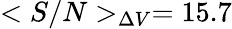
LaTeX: <S/N>_{\Delta V}=15.7